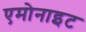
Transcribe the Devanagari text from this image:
एमोनाइट